system: You are a helpful assistant.
user:
Analyze the provided spectrum to determine if it is a **"Cataclysmic Variables (CV)"**.

- **Key Indicators for CV (Check for either state):**
    - **State 1: Quiescent / Low-State (Emission-Dominated)**
        - **(Primary):** Strong and *very broad* Hydrogen Balmer emission lines (e.g., $H\alpha$ at 6563 Å, $H\beta$ at 4861 Å). The 'broadness' (high velocity dispersion, often FWHM > 1000 km/s) is the key diagnostic, indicating a high-velocity accretion disk.
        - **(Secondary):** Broad neutral Helium (He I) emission lines (e.g., 5876 Å, 6678 Å).
        - **(Key Confirmation):** Presence of high-excitation *ionized* Helium (He II) emission at 4686 Å. This is a strong indicator of accretion onto a white dwarf.
        - **(Line Profile):** Emission lines may exhibit a 'double-peaked' profile, which is a classic signature of a rotating accretion disk viewed at high inclination.

    - **State 2: Outburst / High-State (Absorption-Dominated)**
        - **(Primary):** Spectrum is dominated by a bright, blue continuum (looks like a hot star).
        - **(Secondary):** The emission lines from State 1 are weak, absent, or 'filled in', and are replaced by broad, shallow *absorption* lines (primarily Balmer and He I).
        - **(Morphology):** The overall spectrum mimics a hot B/A-type star. The crucial difference is that the absorption lines are significantly broader, shallower, and more 'washed-out' (or 'smeared') than the sharp lines of a normal stellar photosphere, due to high rotational speeds and pressure broadening in the disk.

Think first, call **spectral_visualization_tool** if needed to examine features in detail, then provide your final answer. Your response must adhere to the following strict rules:
1.  **Overall Structure:** Your response must follow the format `<think>...</think> <tool_call>...</tool_call> (if a tool is used) <answer>...</answer>`.
2.  **Tool Usage Constraint:** You may only make **one** tool call per turn.
3.  **Final Answer Format:** In the `<answer>` tag, your conclusion must be inside a `\boxed{}` command (e.g., `\boxed{YES}`), followed by your justification.

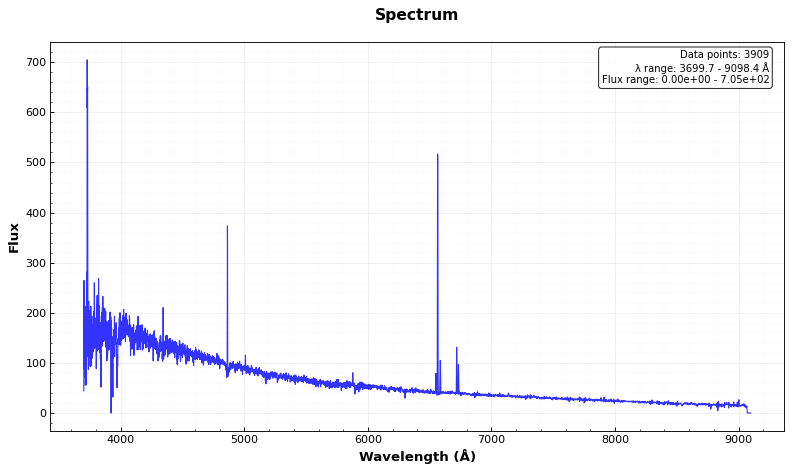
Answer: NO